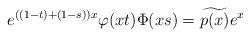
LaTeX: \begin{align*} e^{((1-t)+(1-s))x} \varphi(xt)\Phi(xs)=\widetilde{p(x)}e^x\end{align*}